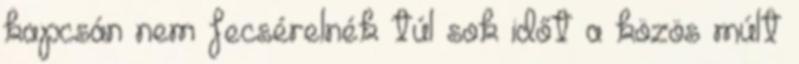
kapcsán nem fecsérelnék túl sok időt a közös múlt